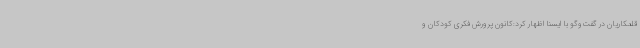
قلمکاریان در گفت‌وگو با ایسنا اظهار کرد:کانون پرورش فکری کودکان و